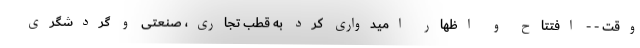
وقت - - افتتاح و اظهار امیدواری کرد به قطب تجاری، صنعتی و گردشگری